Report of the Indian Hemp Drugs Commission, 1894-1895 - Volume IV
Year: 1894
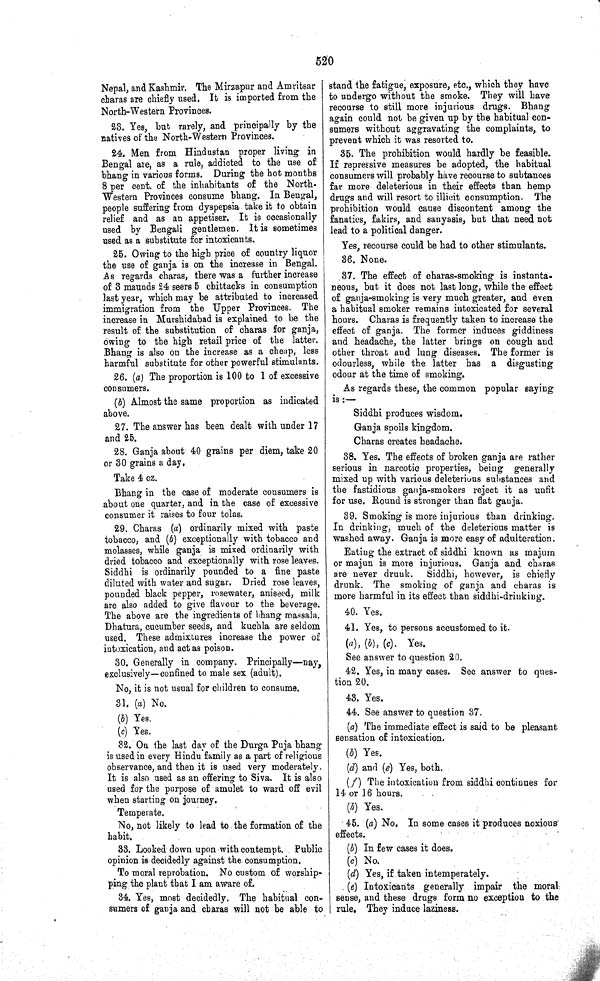
520
Nepal, and Kashmir. The Mirzapur and Amritsar
charas are chiefly used. It is imported from the
North-Western Provinces.
23. Yes, but rarely, and principally by the
natives of the North-Western Provinces.
24. Men from Hindustan proper living in
Bengal are, as a rule, addicted to the use of
bhang in various forms. During the hot months
8 per cent. of the inhabitants of the North-
-estern Provinces consume bhang. In Bengal,
people suffering from dyspepsia take it to obtain
relief and as an appetiser. It is occasionally
used by Bengali gentlemen. It is sometimes
used as a substitute for intoxicants.
25. Owing to the high price of country liquor
the use of ganja is on the increase in Bengal.
As regards charas, there was a further increase
of 3 maunds 24 seers 5 chittacks in consumption
last year, which may be attributed to increased
immigration from the Upper Provinces. The
increase in Murshidabad is explained to be the
result of the substitution of charas for ganja,
owing to the high retail price of the latter.
Bhang is also on the increase as a cheap, less
harmful substitute for other powerful stimulants.
26. (a) The proportion is 100 to 1 of excessive
consumers.
(b) Almost the same proportion as indicated
above.
27. The answer has been dealt with under 17
and 25.
28. Ganja about 40 grains per diem, take 20
or 30 grains a day.
Take 4 oz.
Bhang in the case of moderate consumers is
about one quarter, and in the case of excessive
consumer it raises to four tolas.
29. Charas (a) ordinarily mixed with paste
tobacco, and (6) exceptionally with tobacco and
molasses, while ganja is mixed ordinarily with
dried tobacco and exceptionally with rose leaves.
Siddhi is ordinarily pounded to a fine paste
diluted with water and sugar. Dried rose leaves,
pounded black pepper, rosewater, aniseed, milk
are also added to give flavour to the beverage.
The above are the ingredients of bhang massala.
Dhatura, cucumber seeds, and kuchla are seldom
used. These admixtures increase the power of
intoxication, and act as poison.
30. Generally in company. Principally—nay,
exclusively—confined to male sex (adult).
No, it is not usual for children to consume.
31. (a) No.
(b) Yes.
(c) Yes.
32. On the last day of the Durga Puja bhang
is used in every Hindu family as a part of religious
observance, and then it is used very moderately.
It is also used as an offering to Siva. It is also
used for the purpose of amulet to ward off evil
when starting on journey.
Temperate.
No, not likely to lead to the formation of the
habit.
33. Looked down upon with contempt. Public
opinion is decidedly against the consumption.
To moral reprobation. No custom of worship-
ping the plant that I am aware of.
34. Yes, most decidedly. The habitual con-
sumers of ganja and charas will not be able to
stand the fatigue, exposure, etc., which they have
to undergo without the smoke. They will have
recourse to still more injurious drugs. Bhang
again could not be given up by the habitual con-
sumers without aggravating the complaints, to
prevent which it was resorted to.
35. The prohibition would hardly be feasible.
If repressive measures be adopted, the habitual
consumers will probably have recourse to subtances
far more deleterious in their effects than hemp
drugs and will resort to illicit consumption. The
prohibition would cause discontent among the
fanatics, fakirs, and sanyasis, but that need not
lead to a political danger.
Yes, recourse could be had to other stimulants.
36. None.
37. The effect of charas-smoking is instanta-
neous, but it does not last long, while the effect
of ganja-smoking is very much greater, and even
a habitual smoker remains intoxicated for several
hours. Charas is frequently taken to increase the
effect of ganja. The former induces giddiness
and headache, the latter brings on cough and
other throat and lung diseases. The former is
odourless, while the latter has a disgusting
odour at the time of smoking.
As regards these, the common popular saying
is:—
Siddhi produces wisdom.
Ganja spoils kingdom.
Charas creates headache.
38. Yes. The effects of broken ganja are rather
serious in narcotic properties, being generally
mixed up with various deleterious substances and
the fastidious ganja-smokers reject it as unfit
for use. Round is stronger than flat ganja.
39. Smoking is more injurious than drinking.
In drinking, much of the deleterious matter is
washed away. Ganja is more easy of adulteration.
Eating the extract of siddhi known as majum
or majun is more injurious. Ganja and charas
are never drunk.
Siddhi, however, is chiefly
drunk. The smoking of ganja and charas is
more harmful in its effect than siddhi-drinking.
40. Yes.
41. Yes, to persons accustomed to it.
(a), (b), (c). Yes.
See answer to question 20.
42. Yes, in many cases. See answer to ques-
tion 20.
43. Yes.
44. See answer to question 37.
(a) The immediate effect is said to be pleasant
sensation of intoxication.
(b) Yes.
(d) and (e) Yes, both.
(f) The intoxication from siddhi continues for
14 or 16 hours.
(h) Yes.
45. (a) No. In some cases it produces noxious'
effects.
(b) In few cases it does.
(c) No.
(d) Yes, if taken intemperately.
(e) Intoxicants generally impair the moral
sense, and these drugs form no exception to the
rule. They induce laziness.